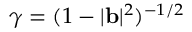
\gamma = ( 1 - | \mathbf { b } | ^ { 2 } ) ^ { - 1 / 2 }